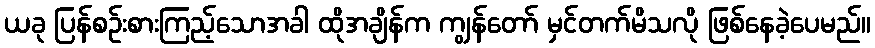
ယခု ပြန်စဉ်းစားကြည့်သောအခါ ထိုအချိန်က ကျွန်တော် မှင်တက်မိသလို ဖြစ်နေခဲ့ပေမည်။